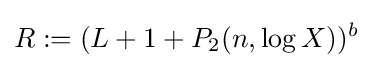
R:=(L+1+P_{2}(n,\log {X}))^{b}